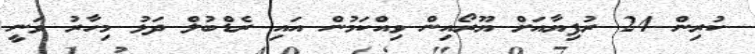
ކުރިން 24 ރުފިޔާއަށް ޔޫރޯއިން ވިއްކަމުން އައި ރެޑްބުލް ދަޅު މިހާރު ވަނީ